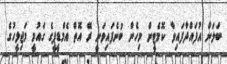
ބަލަން އުފައްދާފައިވާ ކޮމެޓީން މިހެން ބުނެފައިވަނީ ރޭ އޮތް އެމްޑީޕީގެ ގައުމީ މަޖިލީހުގެ